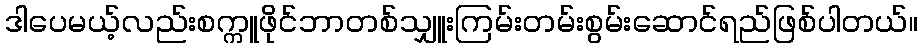
ဒါပေမယ့်လည်းစက္ကူဖိုင်ဘာတစ်သျှူးကြမ်းတမ်းစွမ်းဆောင်ရည်ဖြစ်ပါတယ်။